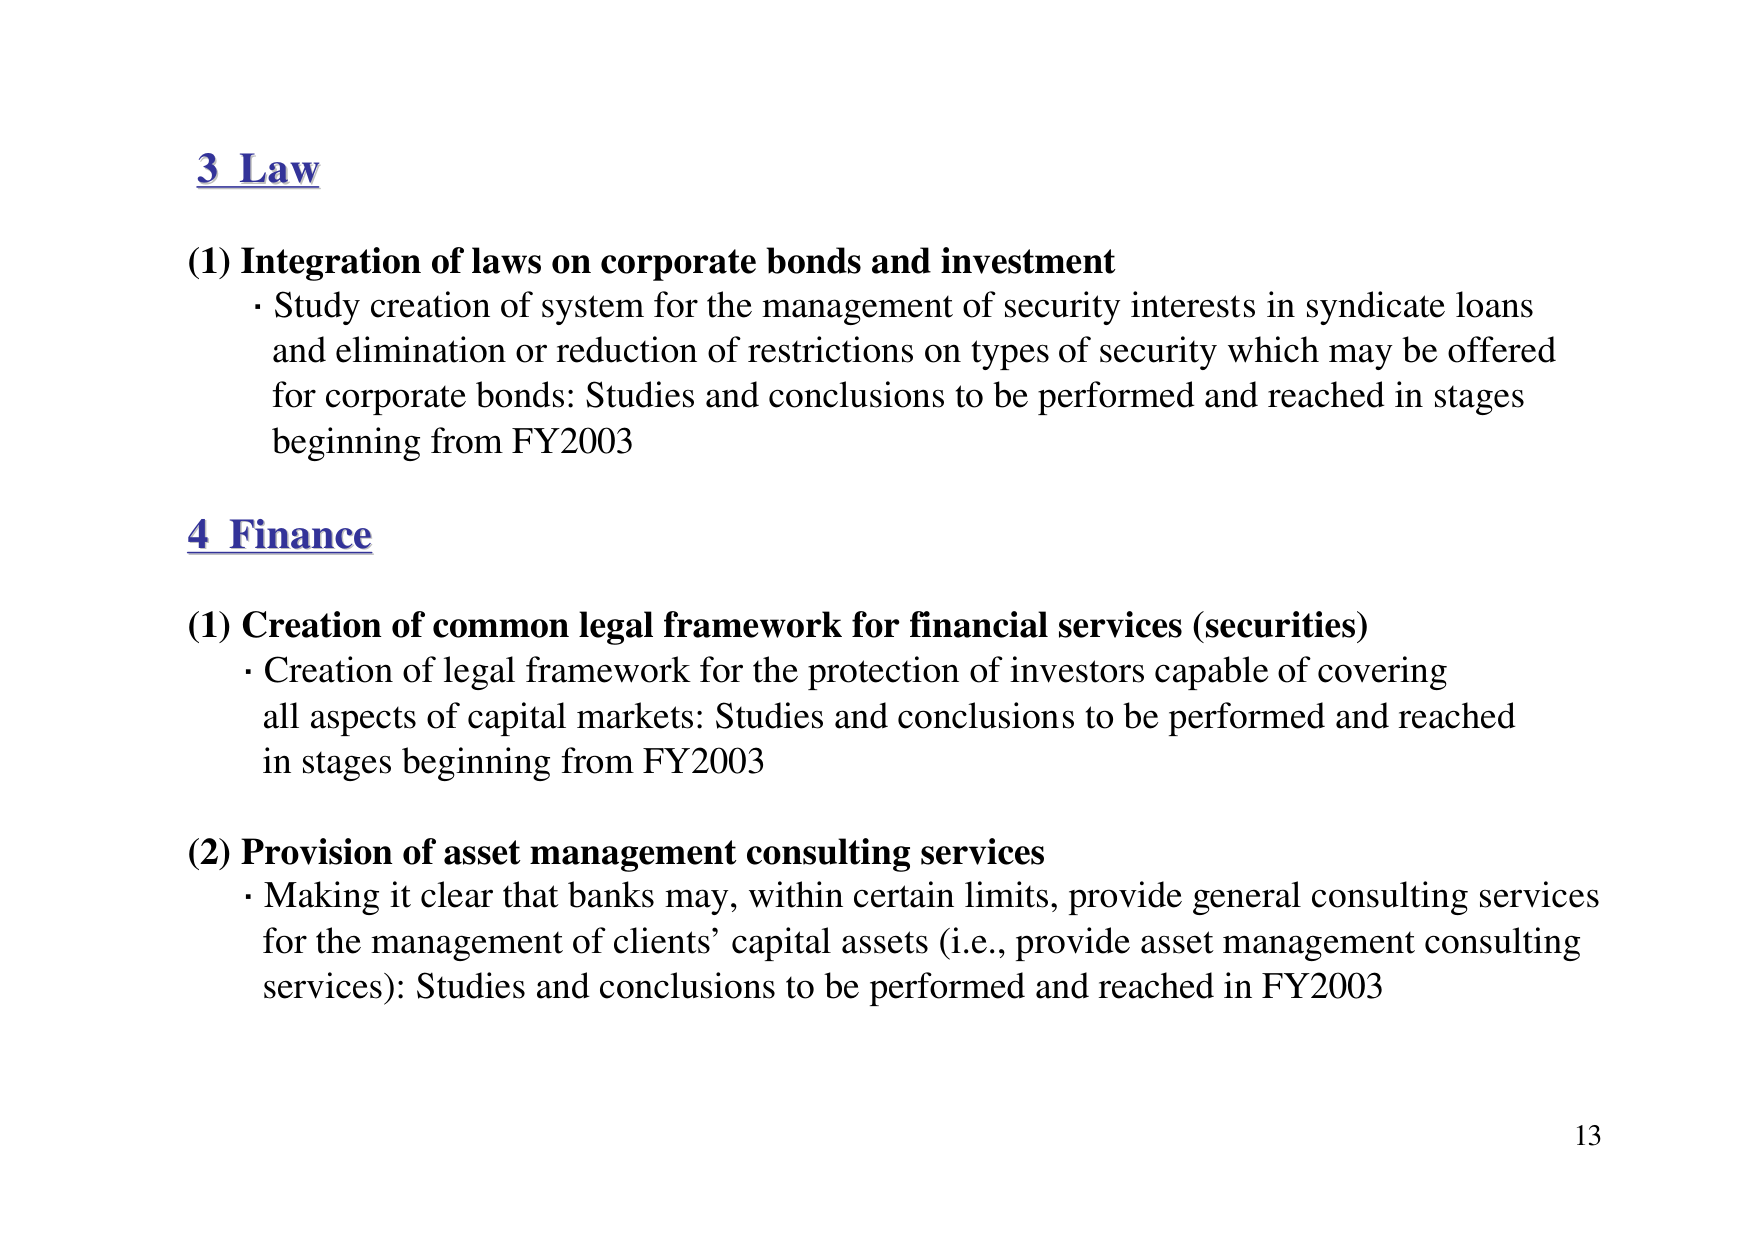
3 Law

(1) Integration of laws on corporate bonds and investment
· Study creation of system for the management of security interests in syndicate loans and elimination or reduction of restrictions on types of security which may be offered for corporate bonds: Studies and conclusions to be performed and reached in stages beginning from FY2003

4 Finance

(1) Creation of common legal framework for financial services (securities)
· Creation of legal framework for the protection of investors capable of covering all aspects of capital markets: Studies and conclusions to be performed and reached in stages beginning from FY2003

(2) Provision of asset management consulting services
· Making it clear that banks may, within certain limits, provide general consulting services for the management of clients’ capital assets (i.e., provide asset management consulting services): Studies and conclusions to be performed and reached in FY2003

13